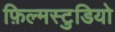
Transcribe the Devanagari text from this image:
फ़िल्मस्टुडियो